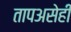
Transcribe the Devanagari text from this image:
तापअसेही